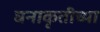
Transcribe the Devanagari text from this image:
घनाकृतीच्या